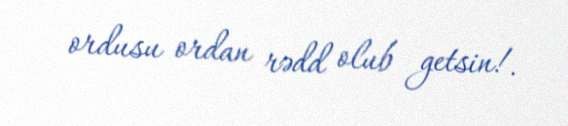
ordusu ordan rədd olub getsin!.